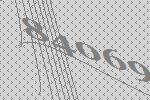
84069